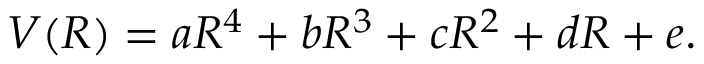
V ( R ) = a R ^ { 4 } + b R ^ { 3 } + c R ^ { 2 } + d R + e .